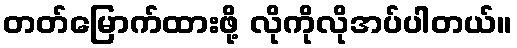
တတ်မြောက်ထားဖို့ လိုကိုလိုအပ်ပါတယ်။